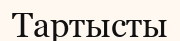
Тартысты